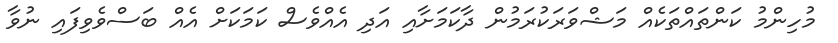
މުހިންމު ކަންތައްތަކެއް މަޝްވަރަކުރަމުން ދާކަމަށާއި އަދި އެއްވެސް ކަމަކަށް އެއް ބަސްވެވިފައި ނުވާ